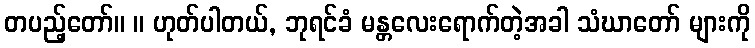
တပည့်တော်။ ။ ဟုတ်ပါတယ်, ဘုရင်ခံ မန္တလေးရောက်တဲ့အခါ သံဃာတော် များကို